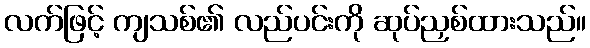
လက်ဖြင့် ကျသစ်၏ လည်ပင်းကို ဆုပ်ညှစ်ထားသည်။